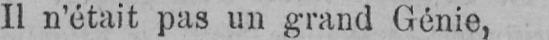
Il n’était pas un grand Génie,